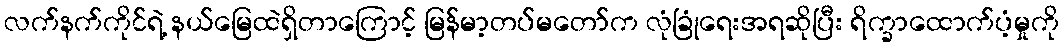
လက်နက်ကိုင်ရဲ့ နယ်မြေထဲရှိတာကြောင့် မြန်မာ့တပ်မတော်က လုံခြုံရေးအရဆိုပြီး ရိက္ခာထောက်ပံ့မှုကို